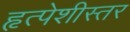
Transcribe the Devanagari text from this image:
हृत्पेशीस्तर